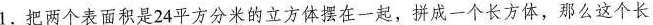
1.把两个表面积是24平方分米的立方体摆在一起，拼成一个长方体，那么这个长